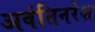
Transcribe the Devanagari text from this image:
अवंतिनरेश